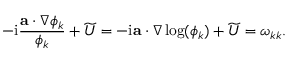
- \mathrm { i } \frac { \mathbf { a } \cdot \nabla \phi _ { k } } { \phi _ { k } } + \widetilde { U } = - \mathrm { i } \mathbf { a } \cdot \nabla \log ( \phi _ { k } ) + \widetilde { U } = \omega _ { k k } .